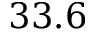
3 3 . 6